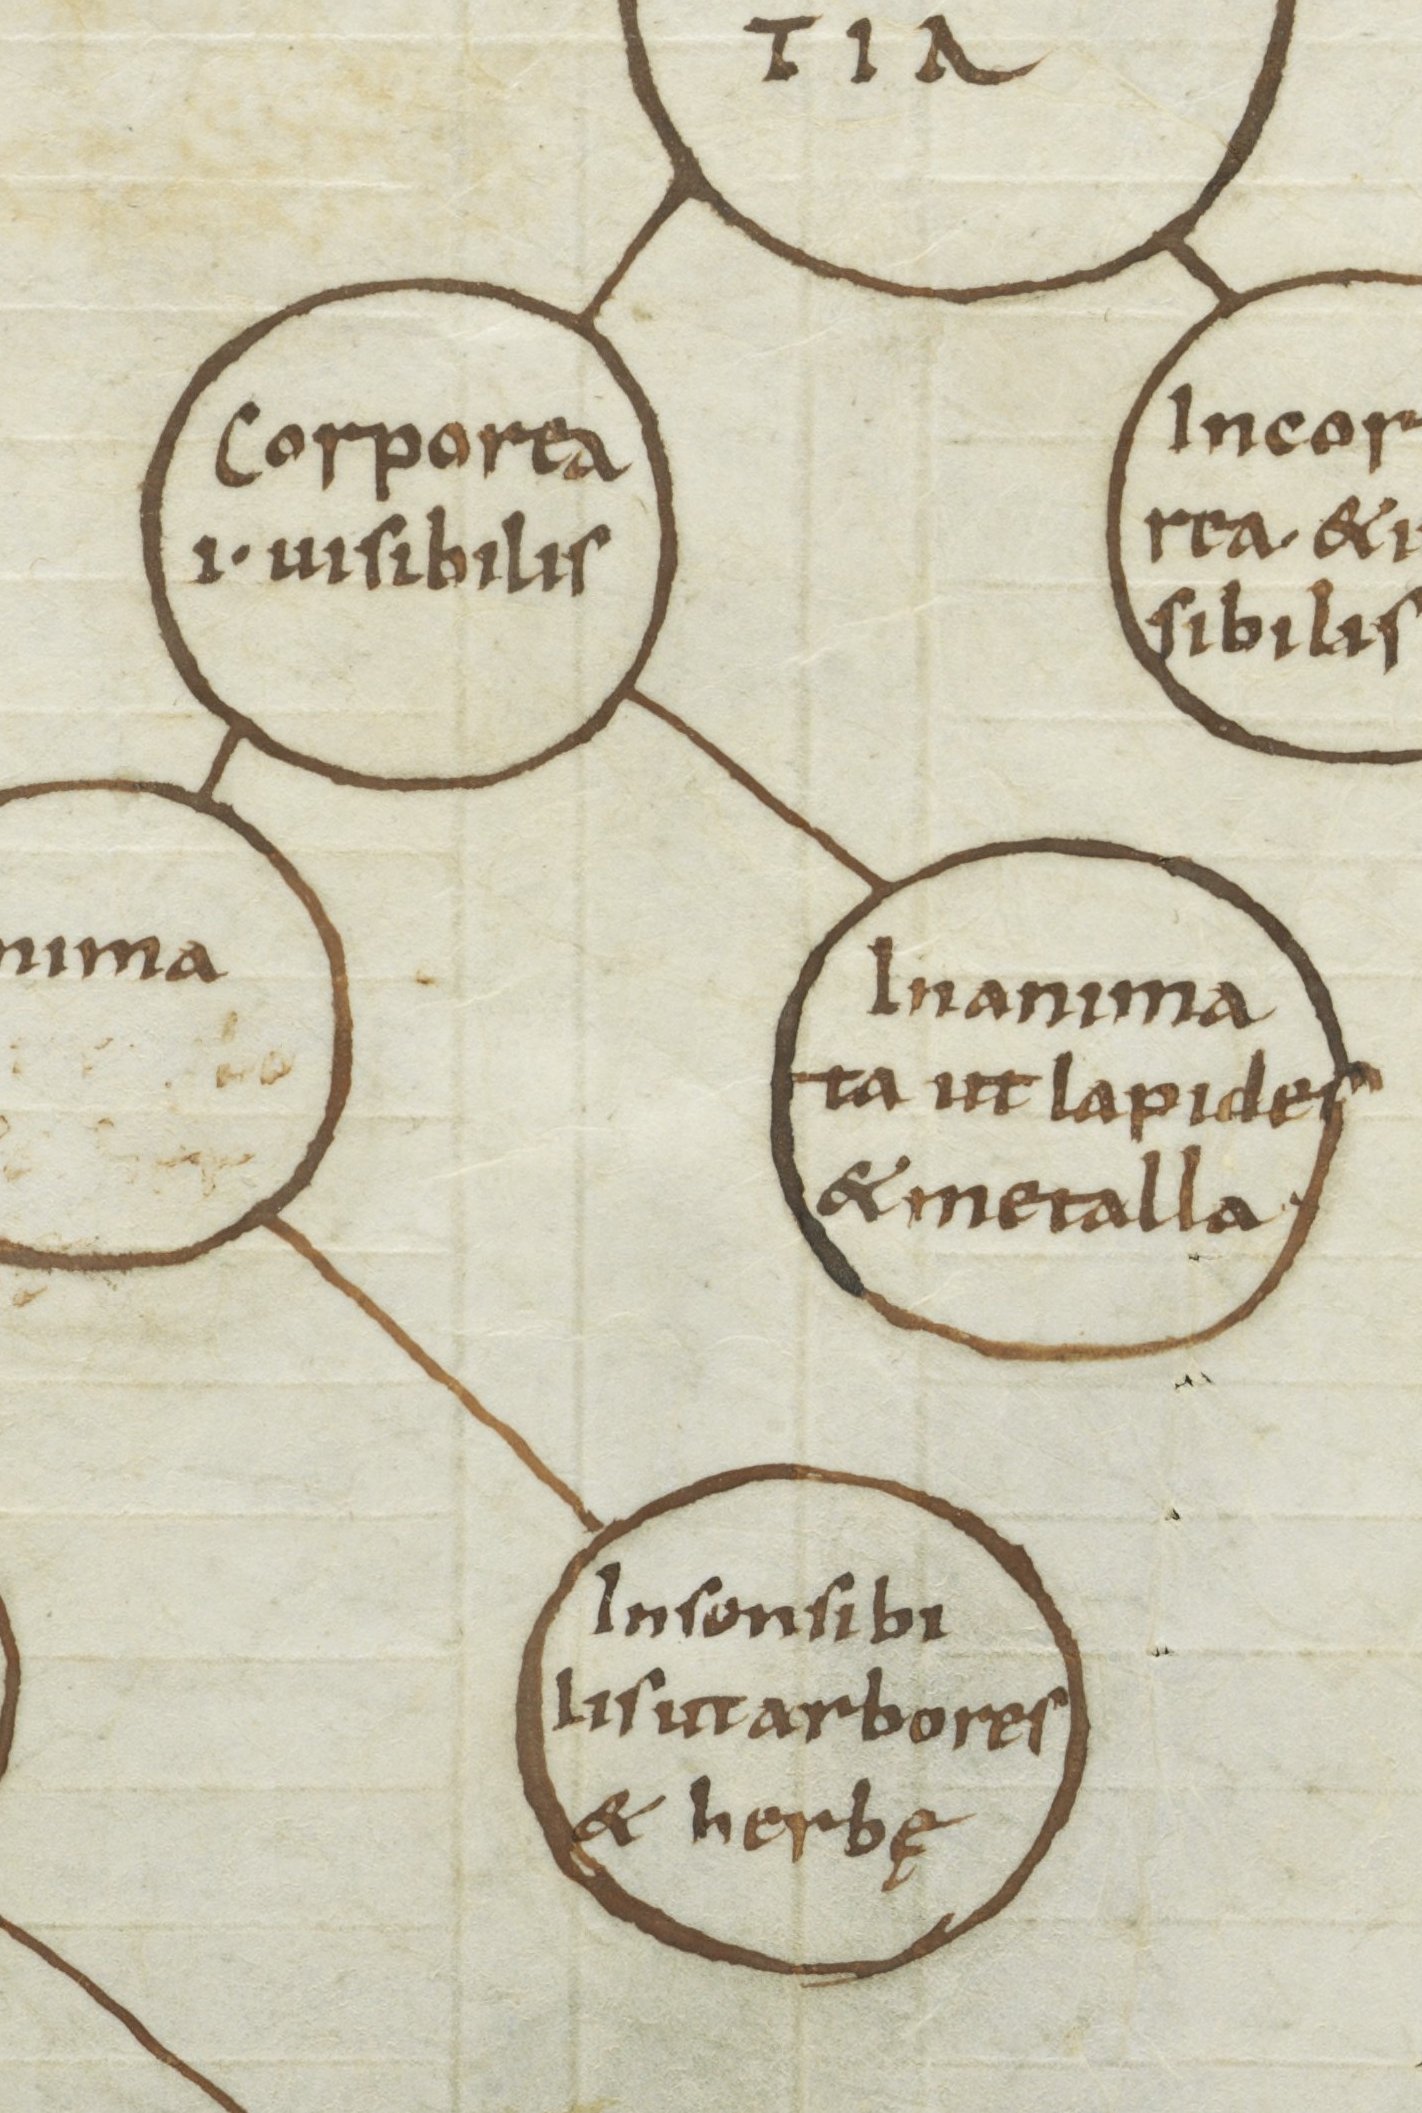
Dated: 1000–1099